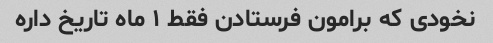
نخودی که برامون فرستادن فقط ۱ ماه تاریخ داره